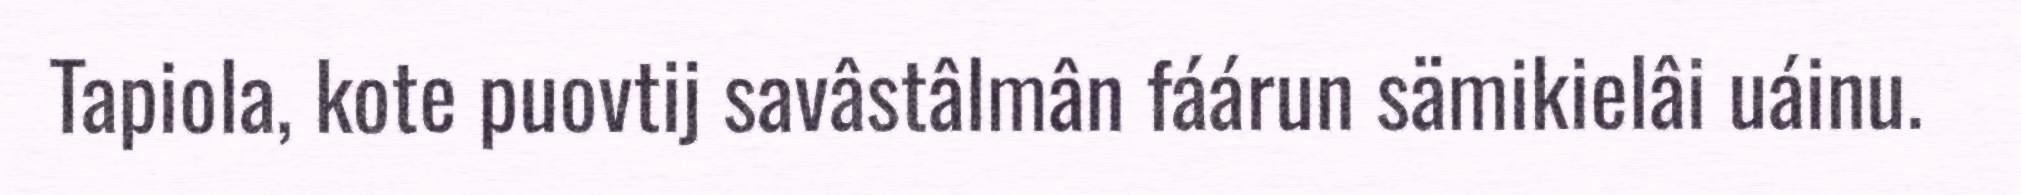
Tapiola, kote puovtij savâstâlmân fáárun sämikielâi uáinu.